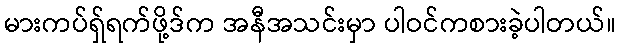
မားကပ်ရှ်ရက်ဖို့ဒ်က အနီအသင်းမှာ ပါဝင်ကစားခဲ့ပါတယ်။